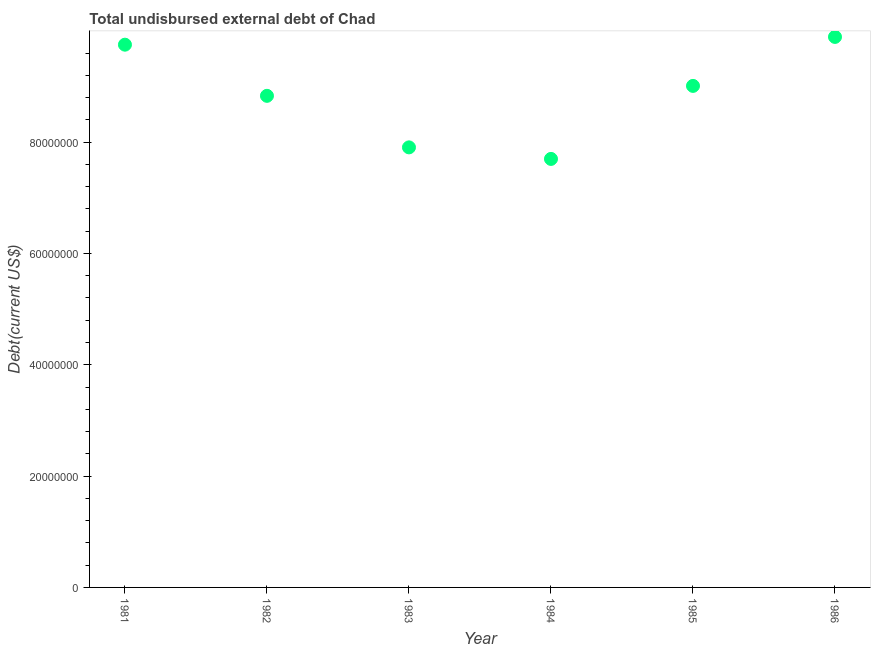
| Year | Total debt |
 | --- | --- |
 | 1981 | 9.75e+07 |
 | 1982 | 8.83e+07 |
 | 1983 | 7.91e+07 |
 | 1984 | 7.7e+07 |
 | 1985 | 9.01e+07 |
 | 1986 | 9.89e+07 |